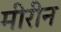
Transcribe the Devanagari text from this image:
मीरीन